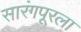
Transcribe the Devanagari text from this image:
सारंगपूरला